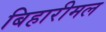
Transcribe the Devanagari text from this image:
बिहारीमल